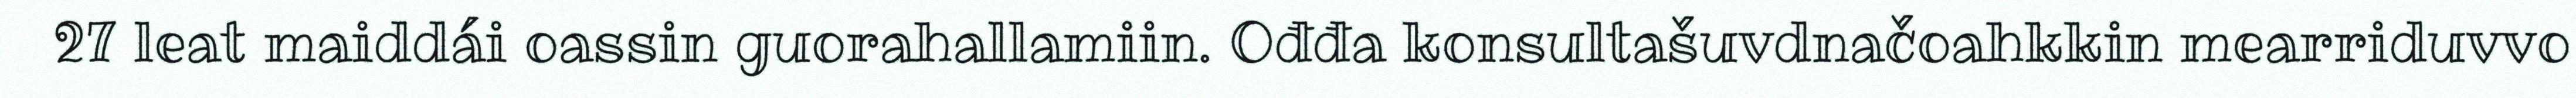
27 leat maiddái oassin guorahallamiin. Ođđa konsultašuvdnačoahkkin mearriduvvo